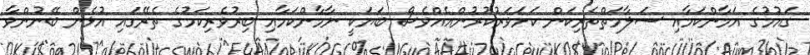
ގައުމުގެ އަމާންކަމާއި ސަލާމަތްތެރިކަން ކަށަވަރުކުރުންއެއްވެސް ބަޔަކީ ނާމާންކަމާއި ބިރުވެރިކަމުގެ ތެރޭގައި އުޅެން ބޭނުންވާ